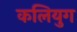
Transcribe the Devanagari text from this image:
कलियुग